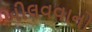
ખીલવવાનો